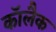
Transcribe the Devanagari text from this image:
कॉलैक